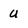
Character: u